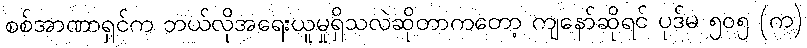
စစ်အာဏာရှင်က ဘယ်လိုအရေးယူမှုရှိသလဲဆိုတာကတော့ ကျနော်ဆိုရင် ပုဒ်မ ၅၀၅ (က)